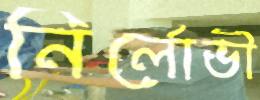
নির্লোভী